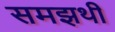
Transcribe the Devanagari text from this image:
समझथी